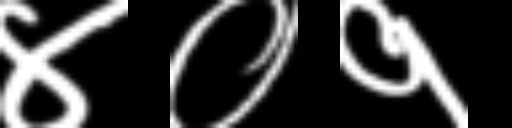
Text: ४०१